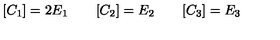
[ C _ { 1 } ] = 2 E _ { 1 } \qquad [ C _ { 2 } ] = E _ { 2 } \qquad [ C _ { 3 } ] = E _ { 3 }